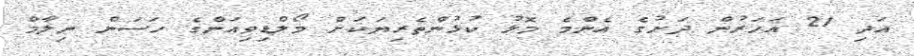
އަދި 21 އަހަރުން ދަށުގެ އެންމެ މޮޅު ކުޅުންތެރިޔަކަށް މޯލްޑިވިއަންގެ ހަސަން ނިލާމް